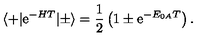
\langle + | \mathrm { e } ^ { - H T } | \pm \rangle = \frac { 1 } { 2 } \left( 1 \pm \mathrm { e } ^ { - E _ { 0 A } T } \right) .